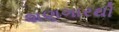
શણગારથી